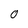
Character: 0